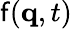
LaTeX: \mathsf{f}(\mathbf{{q}},t)